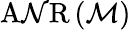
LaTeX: \operatorname{A\mathcal{N}R}\left({\mathcal{{M}}}\right)